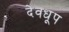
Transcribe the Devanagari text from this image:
देवधूप